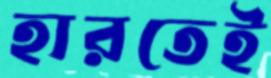
হারতেই